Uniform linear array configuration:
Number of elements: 8
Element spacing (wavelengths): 1
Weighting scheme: exponential
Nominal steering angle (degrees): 60
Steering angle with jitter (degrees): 58.992
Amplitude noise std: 0.05
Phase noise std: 0.05

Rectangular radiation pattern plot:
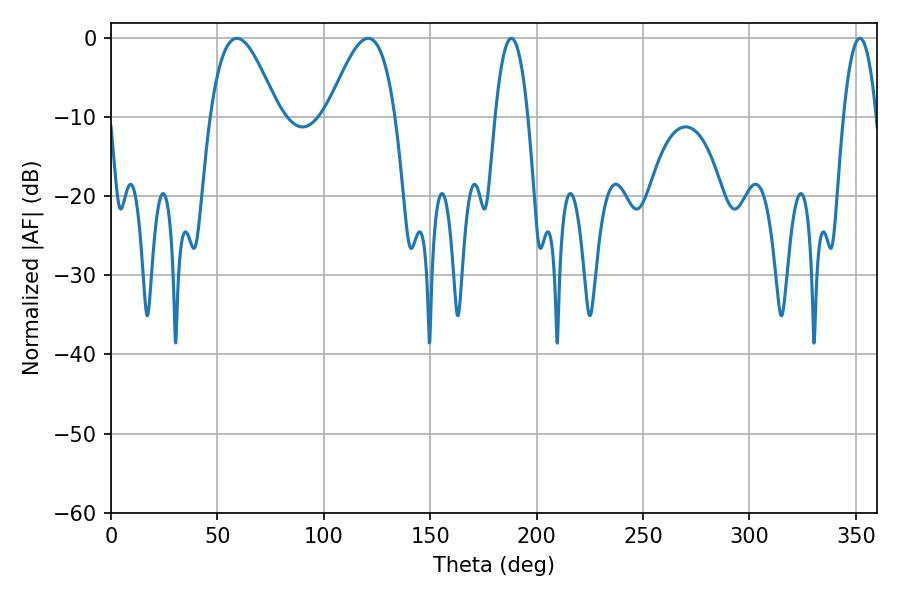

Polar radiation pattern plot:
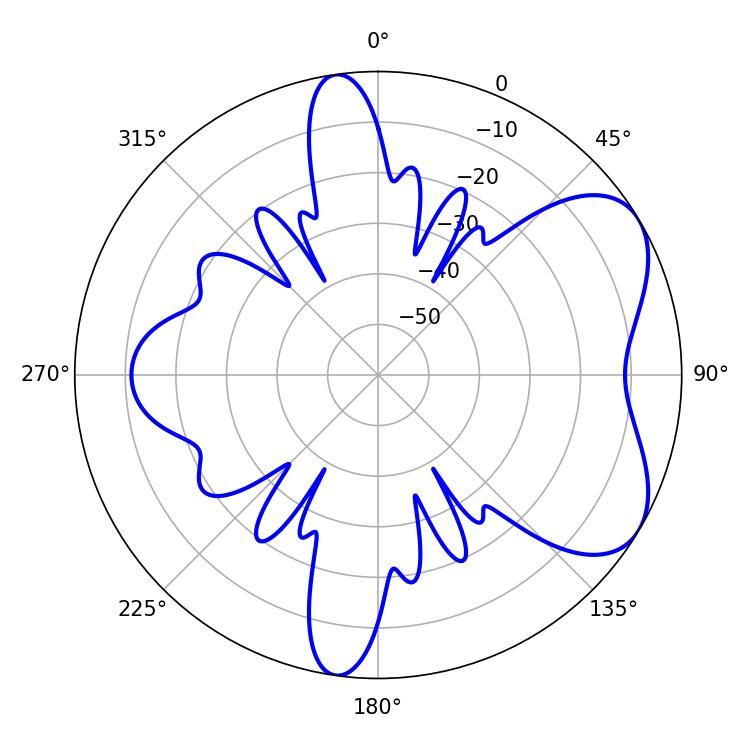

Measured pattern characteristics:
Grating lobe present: TRUE
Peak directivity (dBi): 5.884
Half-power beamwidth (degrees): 8.46
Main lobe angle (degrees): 188.1